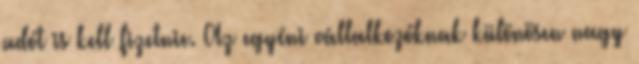
adót is kell fizetnie. Az egyéni vállalkozóknak különösen nagy